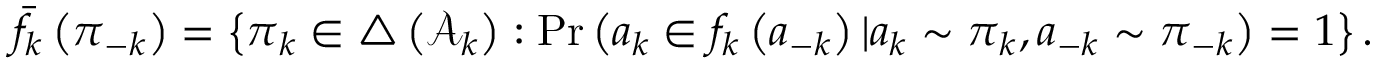
{ \bar { f } } _ { k } \left( { \boldsymbol { \pi } } _ { - k } \right) = \left\lbrace { \boldsymbol { \pi } } _ { k } \in \triangle \left( { \mathcal { A } } _ { k } \right) : \mathrm { P r } \left( a _ { k } \in f _ { k } \left( { \boldsymbol { a } } _ { - k } \right) | a _ { k } \sim { \boldsymbol { \pi } } _ { k } , { \boldsymbol { a } } _ { - k } \sim { \boldsymbol { \pi } } _ { - k } \right) = 1 \right\rbrace .